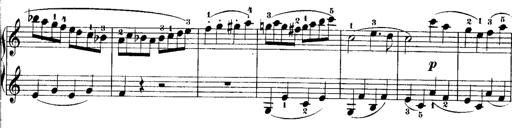
Title: Rondos and Sonatinas for Pianoforte
Composer: Daniel Steibelt